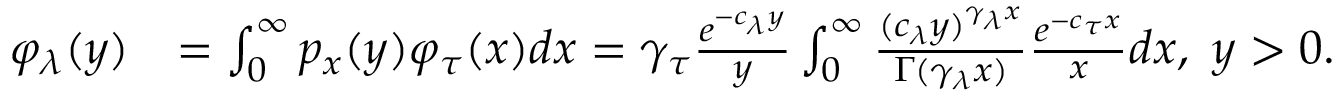
\begin{array} { r l } { \varphi _ { \lambda } ( y ) } & { = \int _ { 0 } ^ { \infty } p _ { x } ( y ) \varphi _ { \tau } ( x ) d x = \gamma _ { \tau } \frac { e ^ { - { c _ { \lambda } } y } } { y } \int _ { 0 } ^ { \infty } \frac { ( c _ { \lambda } y ) ^ { \gamma _ { \lambda } x } } { \Gamma ( \gamma _ { \lambda } x ) } \frac { e ^ { - c _ { \tau } x } } { x } d x , \ y > 0 . } \end{array}